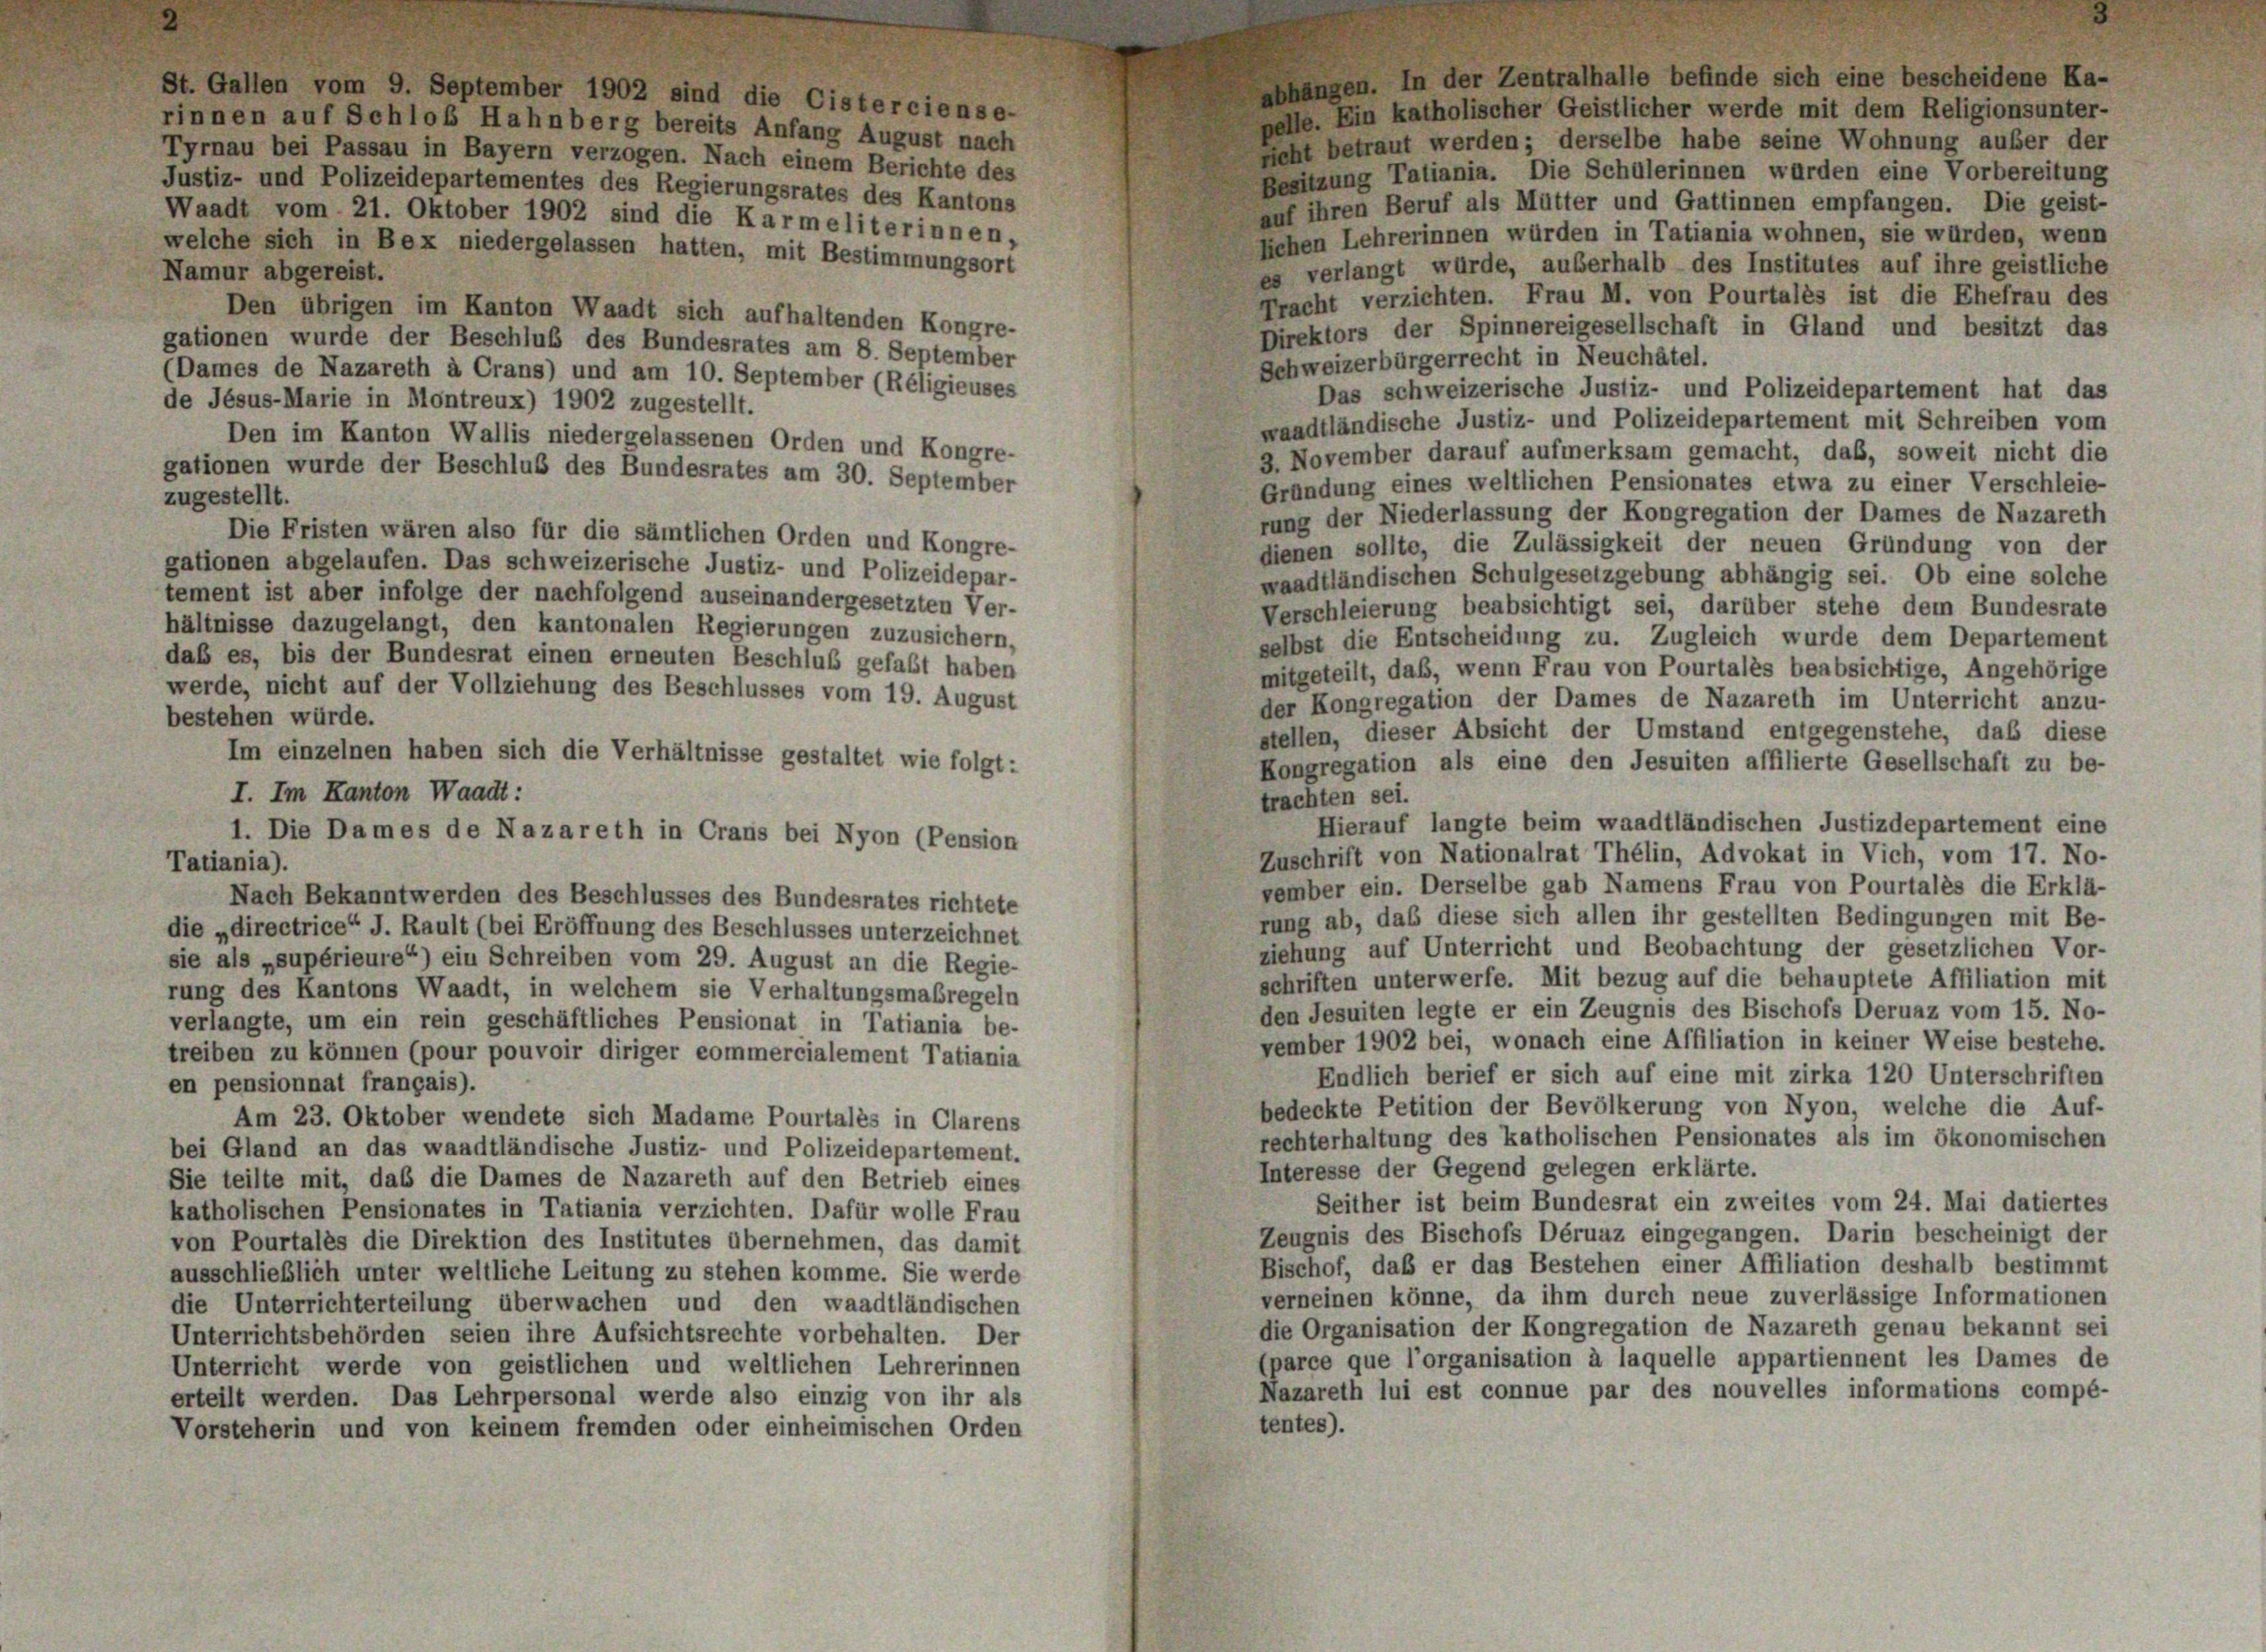
abhangen. In der Zentralhalle befinde sich eine bescheidene Ka-
St. Gallen vom 9. September 1902 sind die Cisterciense-
pelle. Ein katholischer Geistlicher werde mit dem Religionsunter-
rinnen auf Schlob Hahnberg bereits Anfang August nach
geht betraut werden; derselbe habe seine Wohnung außer der
Tyrnau bei Passau in Bayern verzogen. Nach einem Berichte des
Besitzung Tatiania. Die Schulerinnen wurden eine Vorbereitung
Justiz- und Polizeidepartementes des Regierungsrates des Kantons
auf ihren Beruf als Mütter und Gattinnen empfangen. Die geist-
Waadt vom 21. Oktober 1902 sind die Karmeliterinnen,
liehen Lehrerinnen würden in Tatiania wohnen, sie würden, wenn
welche sich in Bex niedergelassen hatten, mit Bestimmungsort
es verlangt würde, auserhalb des Institutes auf ihre geistliche
Namur abgereist.
Tracht verzichten. Frau M. von Pourtales ist die Ehefrau des
Den übrigen im Kanton Waadt sich aufhaltenden Kongre-
Direktors der Spinnereigesellschaft in Gland und besitzt das
gationen wurde der Beschluß des Bundesrates am 8. September
Schweizerbürgerrecht in Neuchâtel.
(Dames de Nazareth à Crans) und am 10. September (Réligieuses
Das schweizerische Justiz- und Polizeidepartement hat das
de Jesus-Marie in Montreux) 1902 zugestellt.
waadtländische Justiz- und Polizeidepartement mit Schreiben vom
Den im Kanton Wallis niedergelassenen Orden und Kongre-
3. November darauf aufmerksam gemacht, daß, soweit nicht die
gationen wurde der Beschluß des Bundesrates am 30. September
Gründung eines weltlichen Pensionates etwa zu einer Verschleie-
zugestellt.
rung der Niederlassung der Kongregation der Dames de Nazareth
Die Fristen wären also für die sämtlichen Orden und Kongre-
dienen sollte, die Zulässigkeit der neuen Gründung von der
gationen abgelaufen. Das schweizerische Justiz- und Polizeidepar-
waadtländischen Schulgesetzgebung abhängig sei. Ob eine solche
tement ist aber infolge der nachfolgend auseinandergesetzten Ver-
Verschleierung beabsichtigt sei, darüber stehe dem Bundesrate
hältnisse dazugelangt, den kantonalen Regierungen zuzusichern,
selbst die Entscheidung zu. Zugleich wurde dem Departement
daß es, bis der Bundesrat einen erneuten Beschluß gefaßt haben
mitgeteilt, daß, wenn Frau von Pourtales beabsichtige, Angehörige
werde, nicht auf der Vollziehung des Beschlusses vom 19. August
der Kongregation der Dames de Nazareth im Unterricht anzu-
bestehen würde.
stellen, dieser Absicht der Umstand entgegenstehe, daß diese
Im einzelnen haben sich die Verhältnisse gestaltet wie folgt:
Kongregation als eine den Jesuiten affilierte Gesellschaft zu be-
I. Im Kanton Waadt:
trachten sei.
Hierauf langte beim waadtländischen Justizdepartement eine
1. Die Dames de Nazareth in Crans bei Nyon (Pension
Zuschrift von Nationalrat Thélin, Advokat in Vich, vom 17. No-
Tatiania).
vember ein. Derselbe gab Namens Frau von Pourtales die Erklä-
Nach Bekanntwerden des Beschlusses des Bundesrates richtete
rung ab, das diese sich allen ihr gestellten Bedingungen mit Be-
die „directrice“ J. Rault (bei Eröffnung des Beschlusses unterzeichnet
ziehung auf Unterricht und Beobachtung der gesetzlichen Vor-
sie als „supérieure“) ein Schreiben vom 29. August an die Regie-
schriften unterwerfe. Mit bezug auf die behauptete Affiliation mit
rung des Kantons Waadt, in welchem sie Verhaltungsmaßregeln
den Jesuiten legte er ein Zeugnis des Bischofs Deruaz vom 15. No-
verlangte, um ein rein geschäftliches Pensionat in Tatiania be-
vember 1902 bei, wonach eine Affiliation in keiner Weise bestehe.
treiben zu können (pour pouvoir diriger commercialement Tatiania
Endlich berief er sich auf eine mit zirka 120 Unterschriften
en pensionnat français).
bedeckte Petition der Bevölkerung von Nyon, welche die Auf-
Am 23. Oktober wendete sich Madame Pourtales in Clarens
rechterhaltung des katholischen Pensionates als im ökonomischen
bei Gland an das waadtländische Justiz- und Polizeidepartement.
Interesse der Gegend gelegen erklärte.
Sie teilte mit, das die Dames de Nazareth auf den Betrieb eines
Seither ist beim Bundesrat ein zweites vom 24. Mai datiertes
katholischen Pensionates in Tatiania verzichten. Dafür wolle Frau
Zeugnis des Bischofs Déruaz eingegangen. Darin bescheinigt der
von Pourtales die Direktion des Institutes übernehmen, das damit
Bischof, daß er das Bestehen einer Affiliation deshalb bestimmt
ausschließlich unter weltliche Leitung zu stehen komme. Sie werde
verneinen könne, da ihm durch neue zuverlässige Informationen
die Unterrichterteilung überwachen und den waadtländischen
die Organisation der Kongregation de Nazareth genau bekannt sei
Unterrichtsbehörden seien ihre Aufsichtsrechte vorbehalten. Der
(parce que l’organisation à laquelle appartiennent les Dames de
Unterricht werde von geistlichen und weltlichen Lehrerinnen
Nazareth lui est connue par des nouvelles informations compé-
erteilt werden. Das Lehrpersonal werde also einzig von ihr als
tentes).
Vorsteherin und von keinem fremden oder einheimischen Orden